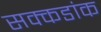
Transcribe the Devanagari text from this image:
सक्कडांक